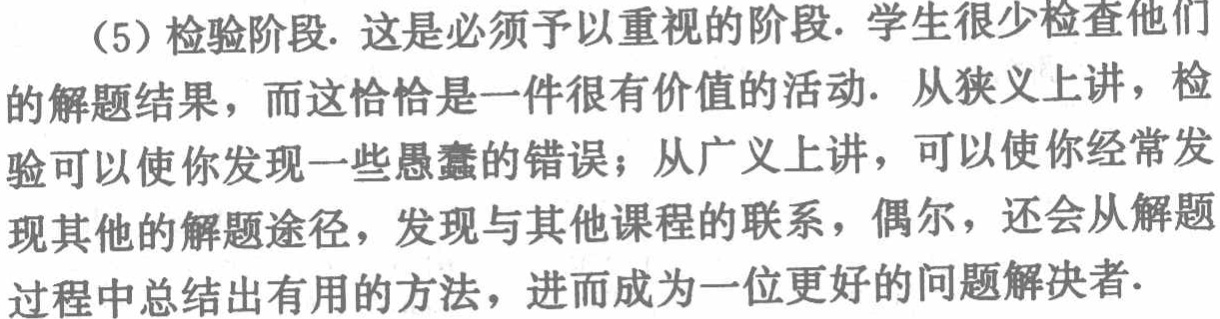
（5）检验阶段. 这是必须予以重视的阶段. 学生很少检查他们的解题结果，而这恰恰是一件很有价值的活动. 从狭义上讲，检验可以使你发现一些愚蠢的错误；从广义上讲，可以使你经常发现其他的解题途径，发现与其他课程的联系，偶尔，还会从解题过程中总结出有用的方法，进而成为一位更好的问题解决者.